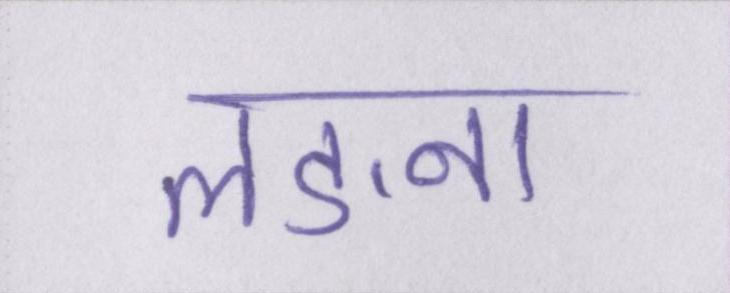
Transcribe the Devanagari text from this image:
लङना